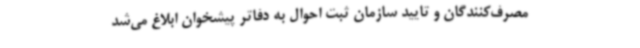
مصرف‌کنندگان و تایید سازمان ثبت احوال به دفاتر پیشخوان ابلاغ می‌شد